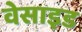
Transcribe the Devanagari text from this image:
वेसाइड